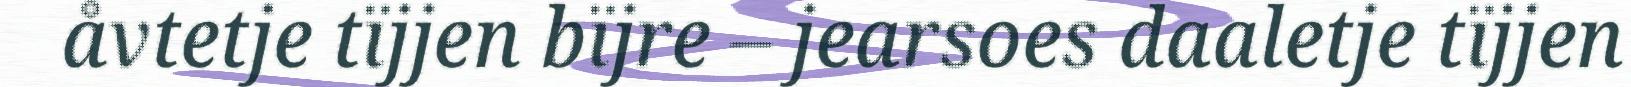
åvtetje tïjjen bïjre – jearsoes daaletje tïjjen